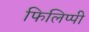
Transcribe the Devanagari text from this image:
फिलिप्पी